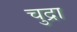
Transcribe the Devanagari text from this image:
चुद्रा